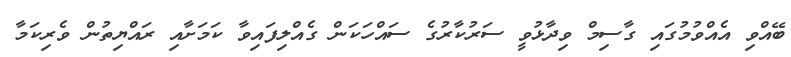
ބޭއްވި އެއްވުމުގައި ގާސިމް ވިދާޅުވީ ސަރުކާރުގެ ސައްހަކަން ގެއްލިފައިވާ ކަމަށާއި ރައްޔިތުން ވެރިކަމާ